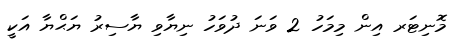
މޮނިޓަރ އިން މިމަހު 2 ވަނަ ދުވަހު ނިޔާވި ޔާސިރު ޔަޙްޔާ އަކީ